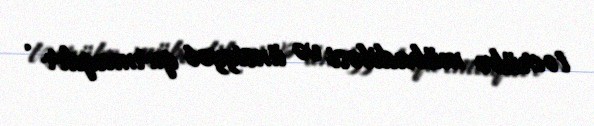
təcrübə mübadiləsi və ünsiyyət qurmaqdır .